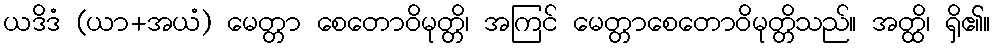
ယဒိဒံ (ယာ+အယံ) မေတ္တာ စေတောဝိမုတ္တိ၊ အကြင် မေတ္တာစေတောဝိမုတ္တိသည်။ အတ္ထိ၊ ရှိ၏။